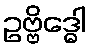
ဥဗ္ဗိဒ္ဓေါ